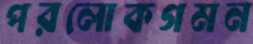
পরলোকগমন